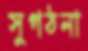
সুগঠনা